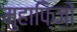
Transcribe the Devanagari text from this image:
मुहाफ़िज़ों